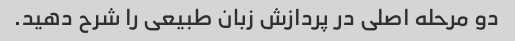
دو مرحله اصلی در پردازش زبان طبیعی را شرح دهید.